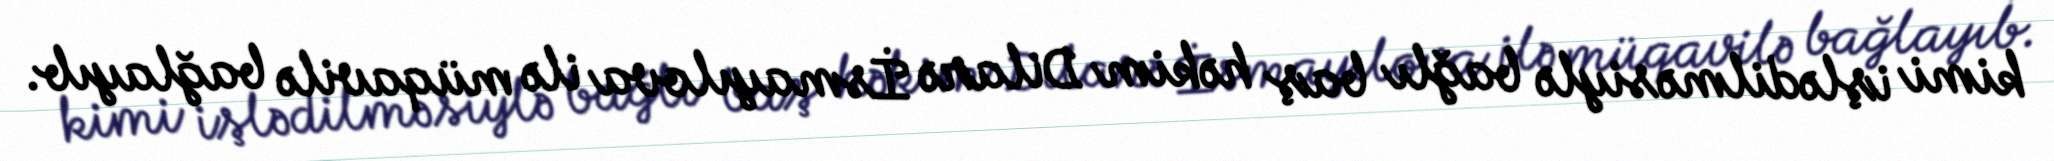
kimi işlədilməsiylə bağlı baş həkim Dilarə İsmayılova ilə müqavilə bağlayıb.